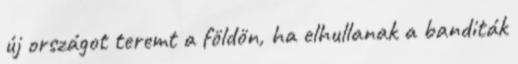
új országot teremt a földön, ha elhullanak a banditák